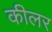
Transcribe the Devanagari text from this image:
कीलर